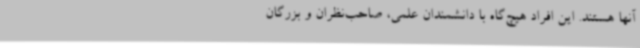
آنها هستند. این افراد هیچ‌گاه با دانشمندان علمی، صاحب‌نظران و بزرگان